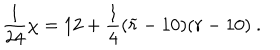
LaTeX: { \frac { 1 } { 2 4 } } \chi = 1 2 + { \frac { 1 } { 4 } } ( { \widetilde r } - 1 0 ) ( r - 1 0 ) ~ .